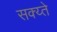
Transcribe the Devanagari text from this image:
सक्य्ते